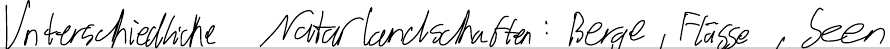
Unterschiedliche Naturlandschaften: Berge, Flüsse, Seen